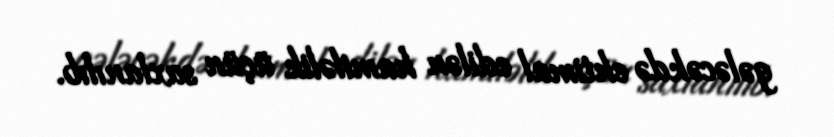
gələcəkdə ehtimal edilən hamiləlik üçün saxlanılıb.